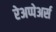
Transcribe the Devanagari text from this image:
रेअप्पेअर्स